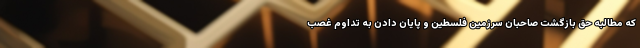
که مطالبه حق بازگشت صاحبان سرزمین فلسطین و پایان دادن به تداوم غصب